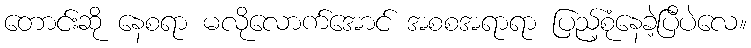
တောင်းဆို နေစရာ မလိုလောက်အောင် အစစအရာရာ ပြည့်စုံနေခဲ့ပြီပဲလေ။